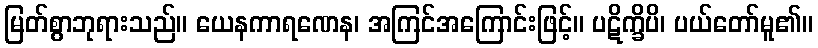
မြတ်စွာဘုရားသည်။ ယေနကာရဏေန၊ အကြင်အကြောင်းဖြင့်။ ပဋိက္ခိပိ၊ ပယ်တော်မူ၏။